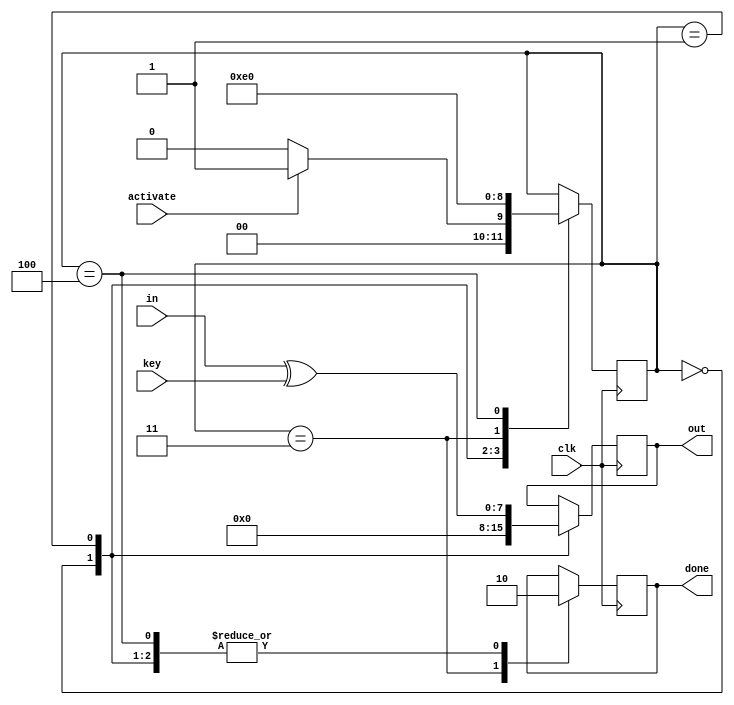
module xor_cipher(
	input clk,
	input activate,
	input [7:0] in,
	input [7:0] key,
	output [7:0] out,
	output reg done
);

// UART_TX States
parameter IDLE = 3'd0;
parameter ENCRYPT = 3'd1;
parameter STOP = 3'd3;
parameter CLEANUP = 3'd4;

reg [2:0] state = 0;
reg [7:0] data_out = 0;


always@(posedge clk)
begin
	case (state)
		IDLE:
		begin
			done <= 0;
			data_out <= 0;
			if(activate)
			begin
				state <= ENCRYPT;
			end 
			else
			begin
				state <= IDLE;
			end
		end
		
		ENCRYPT:
		begin
			done <= 0;
			data_out <= in ^ key;
			state <= STOP;
		end
		
		STOP:
		begin
			done <= 1;
			state <= CLEANUP;
		end
		
		CLEANUP:
		begin
			done <= 0;
			state <= IDLE;
		end
		
		
	endcase
end

assign out = data_out;

endmodule